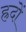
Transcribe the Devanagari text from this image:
ह्रदों